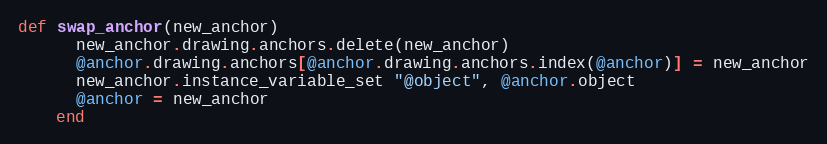
Language: Ruby
def swap_anchor(new_anchor)
      new_anchor.drawing.anchors.delete(new_anchor)
      @anchor.drawing.anchors[@anchor.drawing.anchors.index(@anchor)] = new_anchor
      new_anchor.instance_variable_set "@object", @anchor.object
      @anchor = new_anchor
    end